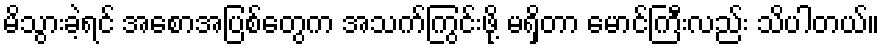
မိသွားခဲ့ရင် အစောအပြစ်တွေက အသက်ကြွင်းဖို့ မရှိတာ မောင်ကြီးလည်း သိပါတယ်။